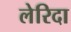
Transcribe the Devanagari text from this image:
लेरिदा